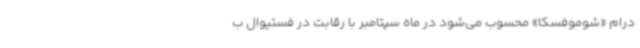
درام «شوموفسکا» محسوب می‌شود در ماه سپتامبر با رقابت در فستیوال ب